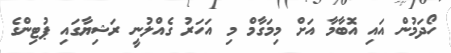
ހޯދަމުން އައި އޮބާމާ އަށް މިމަގާމް މި އަހަރު ގެއްލުނީ ރަޝިޔާގައި ޕުޓިންގެ